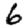
Digit: 6